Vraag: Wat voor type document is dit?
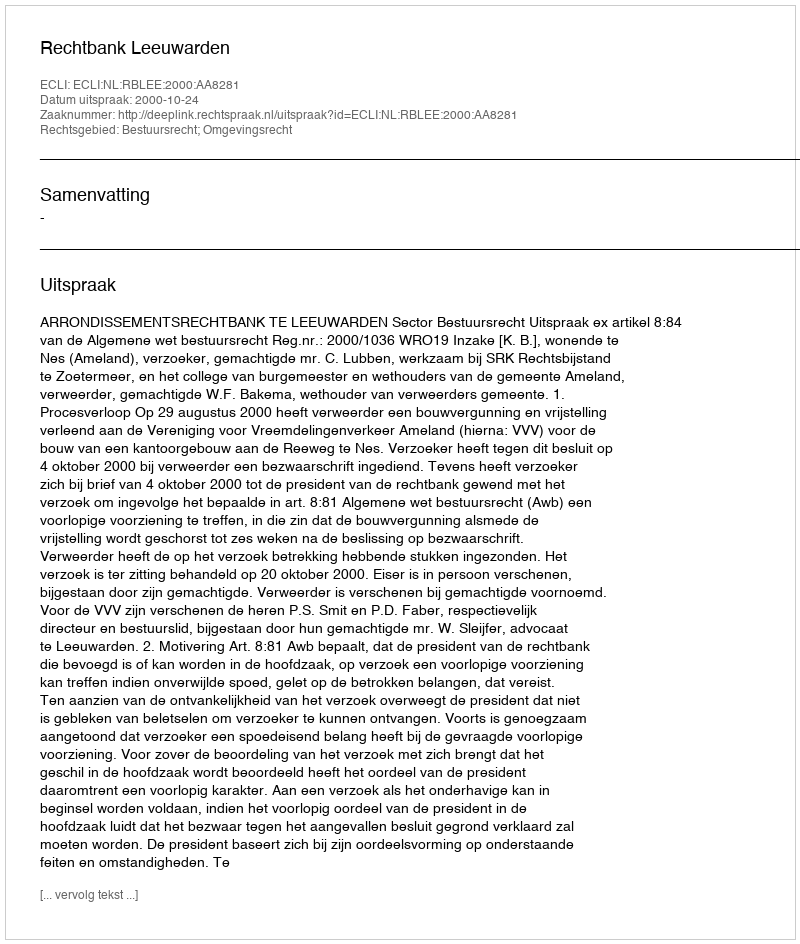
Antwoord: Uitspraak